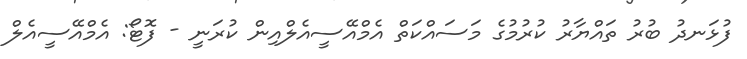
ފުޅަނދު ބުރު ތައްޔާރު ކުރުމުގެ މަސައްކަތް އެމްއޭސީއެލްއިން ކުރަނީ - ފޮޓޯ: އެމްއޭސީއެލް